Lunatic asylums Bombay report 1878-1890 - 1878-1890
Year: 1878
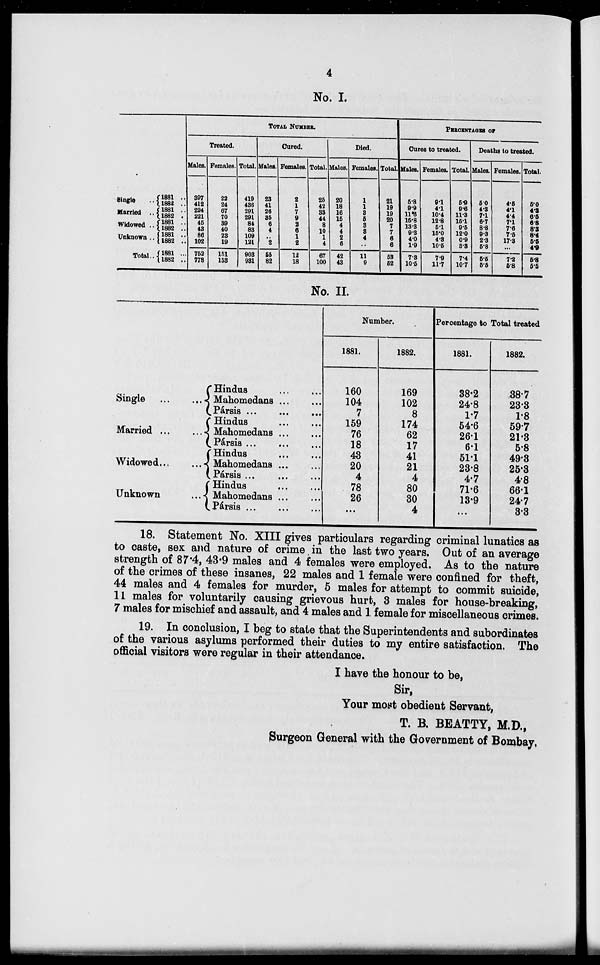
4
No. I.
Single ..
Married ..
Widowed ..
Unknown ..
Total ..
1881 ..
1882 ..
1881 ..
1882 ..
1881 ..
1882 ..
1881 ..
1882 ..
1881 ..
1882 ..
TOTAL NUMBER.
Treated.
Males.
397
412
224
221
45
43
86
102
762
778
Females.
22
24
67
70
39
40
23
19
151
153
Total.
419
436
291
291
84
83
109
121
903
931
Cured.
Males.
23
41
26
85
6
4
..
2
55
82
Females.
2
1
7
9
2
6
1
2
12
18
Total.
25
42
33
44
8
10
1
4
67
100
Died.
Males.
20
18
16
15
4
4
2
6
42
43
Females.
1
1
3 5
3
3
4
...
11
9
Total.
21
19
19
20
7
7
6
6
53
52
PERCENTAGES OF
Cures to treated.
Males.
5.8
9.9
11.6
15.8
13.3
9.3
4.0
1.9
7.3
10.5
Females.
9.1
4.1
10.4
12.8
5.1
15.0
4.3
10.5
7.9
11.7
Total.
5.9
9.6
11.3
15.1
9.5
12.0
0.9
3.3
7.4
10.7
Deaths to treated.
Males.
5.0
4.3
7.1
6.7
8.8
9.3
2.3
5.8
5.5
5.5
Females.
4.5
4.1
4.4
7.1
7.6
7.6
17.8
...
7.2
5.8
Total.
5.0
4.3
6.5
6.8
8.3
8.4
5.5
4.9
5.8
5.5
No. II.
Single
...
...
Married
...
...
Widowed ... ...
Unknown
...
Hindus ... ...
Mahomedans ... ...
Pársis ... ... ...
Hindus ... ...
Mahomedans ... ...
Pársis ... ... ...
Hindus ... ...
Mahomedans ... ...
Pársis
...
...
...
Hindus ... ...
Mahomedans ... ...
Pársis
...
...
...
Number.
1881.
160
104
7
159
76
18
43
20
4
78
26
...
1882.
169
102
8
174
62
17
41
21
4
80
80
4
Percentage to Total treated
1881.
38.2
24.8
1.7
54.6
26.1
6.1
51.1
23.8
4.7
71.6
13.9
...
1882.
38.7
23.3
1.8
59.7
21.3
5.8
49.3
25.3
4.8
66.1
24.7
3.3
18. Statement No. XIII gives particulars regarding criminal lunatics as
to caste, sex and nature of crime in the last two years. Out of an average
strength of 87.4, 43.9 males and 4 females were employed. As to the nature
of the crimes of these insanes, 22 males and 1 female were confined for theft,
44 males and 4 females for murder, 5 males for attempt to commit suicide,
11 males for voluntarily causing grievous hurt, 3 males for house-breaking,
7 males for mischief and assault, and 4 males and 1 female for miscellaneous crimes.
19. In conclusion, I beg to state that the Superintendents and subordinates
of the various asylums performed their duties to my entire satisfaction. The
official visitors were regular in their attendance.
I have the honour to be,
Sir,
Your most obedient Servant,
T. B. BEATTY, M.D.,
Surgeon General with the Government of Bombay,